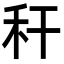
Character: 秆